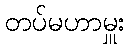
တပ်မဟာမှူး